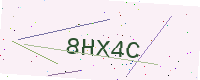
Text: 8HX4C